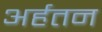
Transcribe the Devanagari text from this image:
अर्हतन